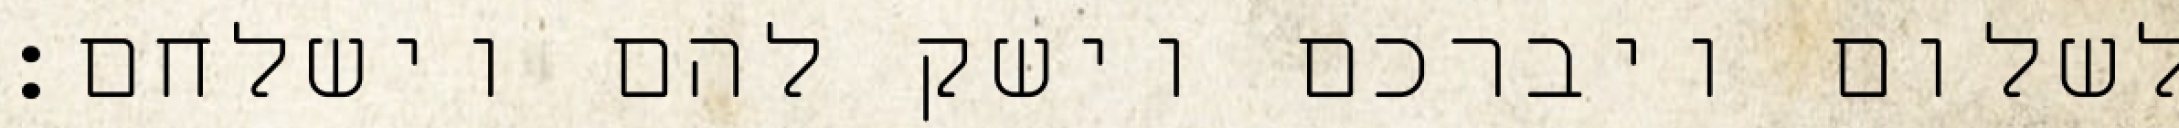
לשלום ויברכם וישק להם וישלחם: